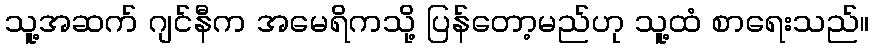
သူ့အဆက် ဂျင်နီက အမေရိကသို့ ပြန်တော့မည်ဟု သူ့ထံ စာရေးသည်။